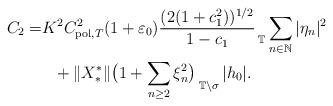
LaTeX: \begin{align*}C_2= & K^2C_{{\rm pol}, T}^2(1+\varepsilon_0)\frac{(2(1+c_1^2))^{1/2}}{1-c_1}\mathop{}_{\mathbb T}\sum_{n\in\mathbb N}|\eta_n|^2 \\ & \ \ +\|X_*^*\|\bigl(1+\sum_{n\geq 2}\xi_n^2\bigr) \mathop{}_{\mathbb T\setminus\sigma}|h_0|.\end{align*}